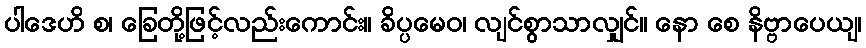
ပါဒေဟိ စ၊ ခြေတို့ဖြင့်လည်းကောင်း။ ခိပ္ပမေဝ၊ လျင်စွာသာလျှင်။ နော စေ နိဗ္ဗာပေယျ၊